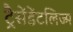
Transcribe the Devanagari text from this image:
ट्रैसेंडेंटलिज्म